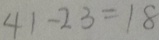
4 1 - 2 3 = 1 8